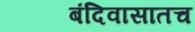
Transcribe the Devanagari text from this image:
बंदिवासातच